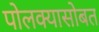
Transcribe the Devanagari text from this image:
पोलक्यासोबत